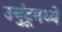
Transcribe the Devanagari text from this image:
उबुंटूमध्ये